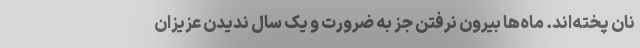
نان پخته‌اند. ماه‌ها بیرون نرفتن جز به ضرورت و یک سال ندیدن عزیزان